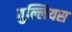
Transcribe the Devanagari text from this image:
तुल्लियस